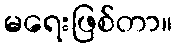
မရေးဖြစ်တာ။